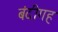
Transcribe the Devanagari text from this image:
बंदीगह